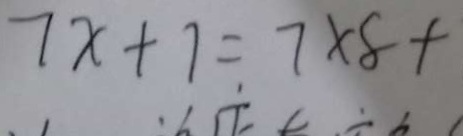
7 x + 7 = 7 \times 8 +